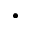
\dot { }